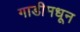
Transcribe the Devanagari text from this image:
गाडीमधून